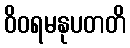
ဝိဝရမနုပတတိ